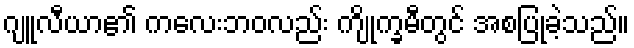
ဂျူလီယာ၏ ကလေးဘဝလည်း ကျိုက္ခမီတွင် အစပြုခဲ့သည်။